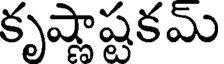
కృష్ణాష్టకమ్